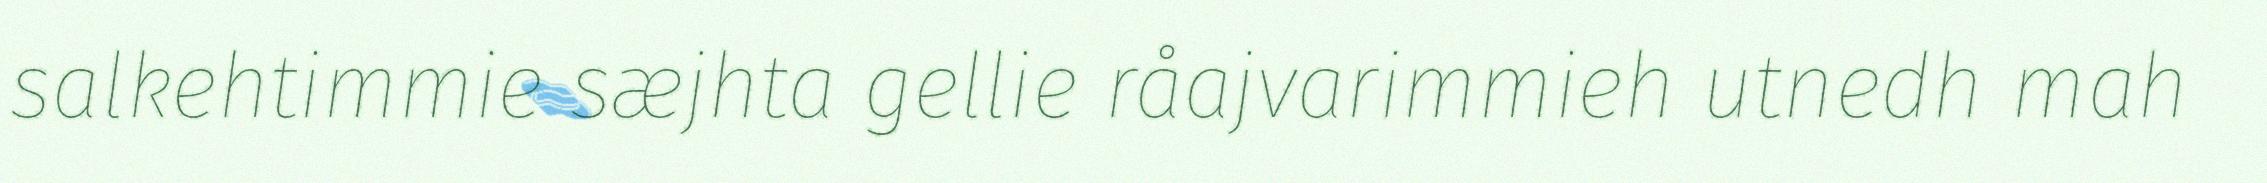
salkehtimmie sæjhta gellie råajvarimmieh utnedh mah